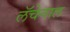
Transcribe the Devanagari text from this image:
लॅचेनाल